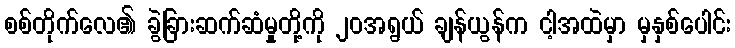
စစ်တိုက်လေ၏ ခွဲခြားဆက်ဆံမှုတို့ကို ၂၀အရွယ် ချန်ယွန်က ငါ့အထဲမှာ မှနှစ်ပေါင်း